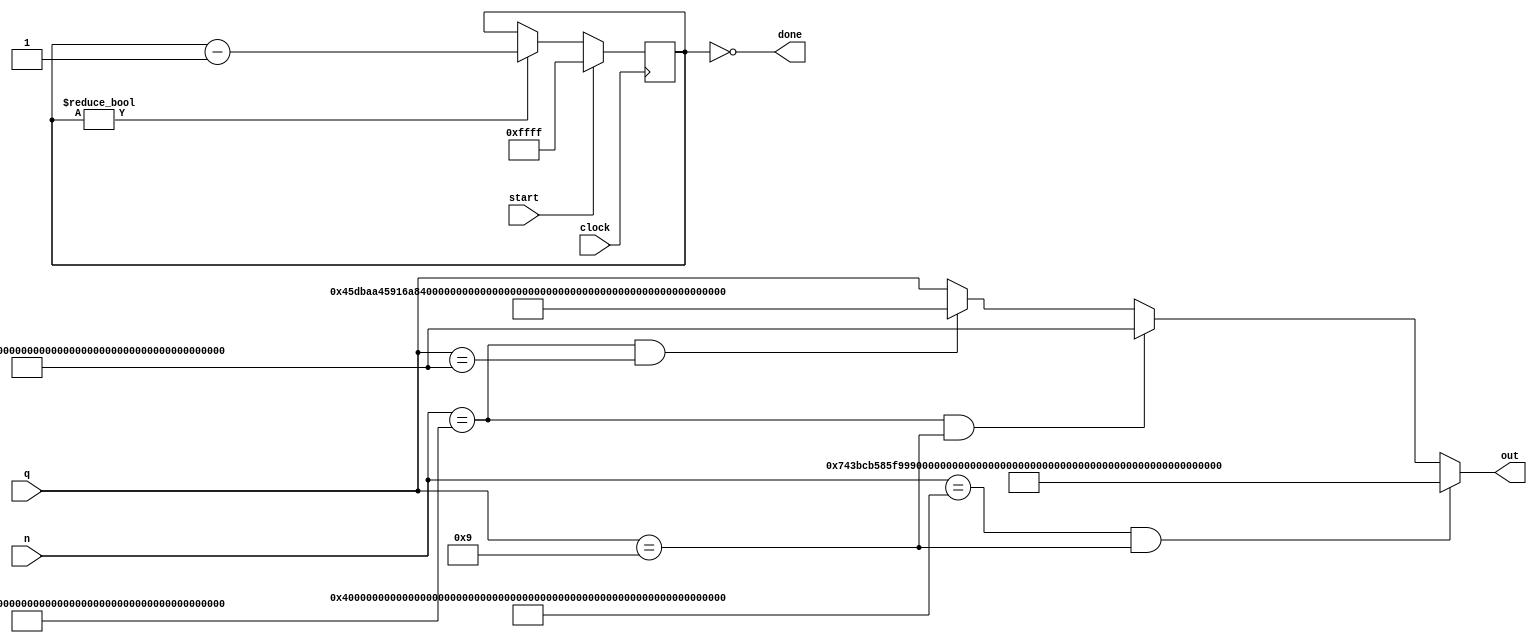
module curve25519_mock
                 (input wire clock, start,
                  input wire [254:0] n, // scalar
                  input wire [254:0] q, // point
                  output wire done,
                  output wire [254:0] out);
    reg [15:0] count = 0;
    assign done = count == 0;
    always @(posedge clock) begin
        if (start) count <= {16{1'b1}};
        else if (count != 0) count <= count -1;
    end
    assign out = 
        (n==255'h4000000000000000000000000000000000000000000000000000000000000000
      && q==9)
          ? 255'h743bcb585f9990edc2cfc4af84f6ff300729bb5facda28154362cd47a37de52f :

        (n==255'h4002030405060708090a0b0c0d0e0f101112131415161718191a1b1c1d1e1f20
      && q==9)
          ? 255'h71850c3f2cd59eac742ceea75fc37c5de912aded47b366629169d381bb9dfba6 :

        (n==255'h4002030405060708090a0b0c0d0e0f101112131415161718191a1b1c1d1e1f20
      && q==255'h71850c3f2cd59eac742ceea75fc37c5de912aded47b366629169d381bb9dfba6)
          ? 255'h45dbaa45916a837457fdbda08bea49dbaabc29c65668ef235c7ae49a90375b54 :

      q;
endmodule